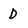
Character: D